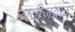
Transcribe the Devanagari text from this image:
छातीजवळ